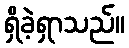
ရှိခဲ့ရှာသည်။